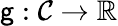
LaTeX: \mathsf{g}:{\mathcal{{C}}}\to\mathbb{{R}}